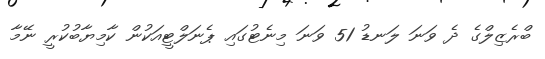
ބްރެޒިލްގެ ދެ ވަނަ ލަނޑު 51 ވަނަ މިނެޓުގައި ޕެނަލްޓީއަކުން ކާމިޔާބުކުރީ ނޭމާ